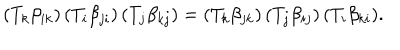
( T _ { k } \beta _ { i k } ) \, ( T _ { i } \beta _ { j i } ) \, ( T _ { j } \beta _ { k j } ) = ( T _ { k } \beta _ { j k } ) \, ( T _ { j } \beta _ { i j } ) \, ( T _ { i } \beta _ { k i } ) .